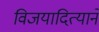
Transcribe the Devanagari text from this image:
विजयादित्याने